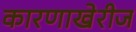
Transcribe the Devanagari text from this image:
कारणाखेरीज